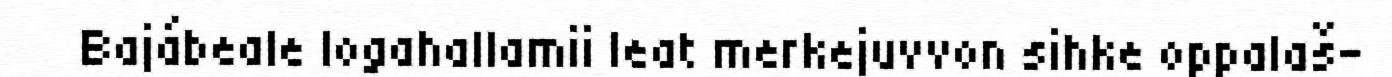
Bajábeale logahallamii leat merkejuvvon sihke oppalaš-